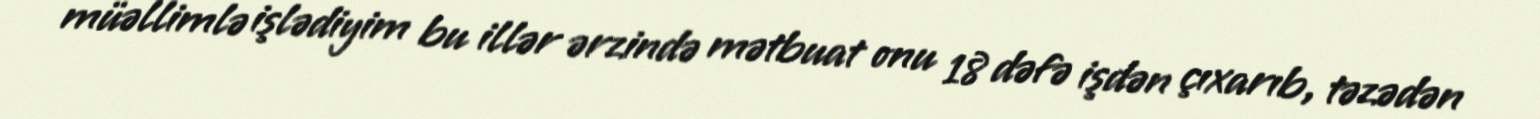
müəllimlə işlədiyim bu illər ərzində mətbuat onu 18 dəfə işdən çıxarıb, təzədən